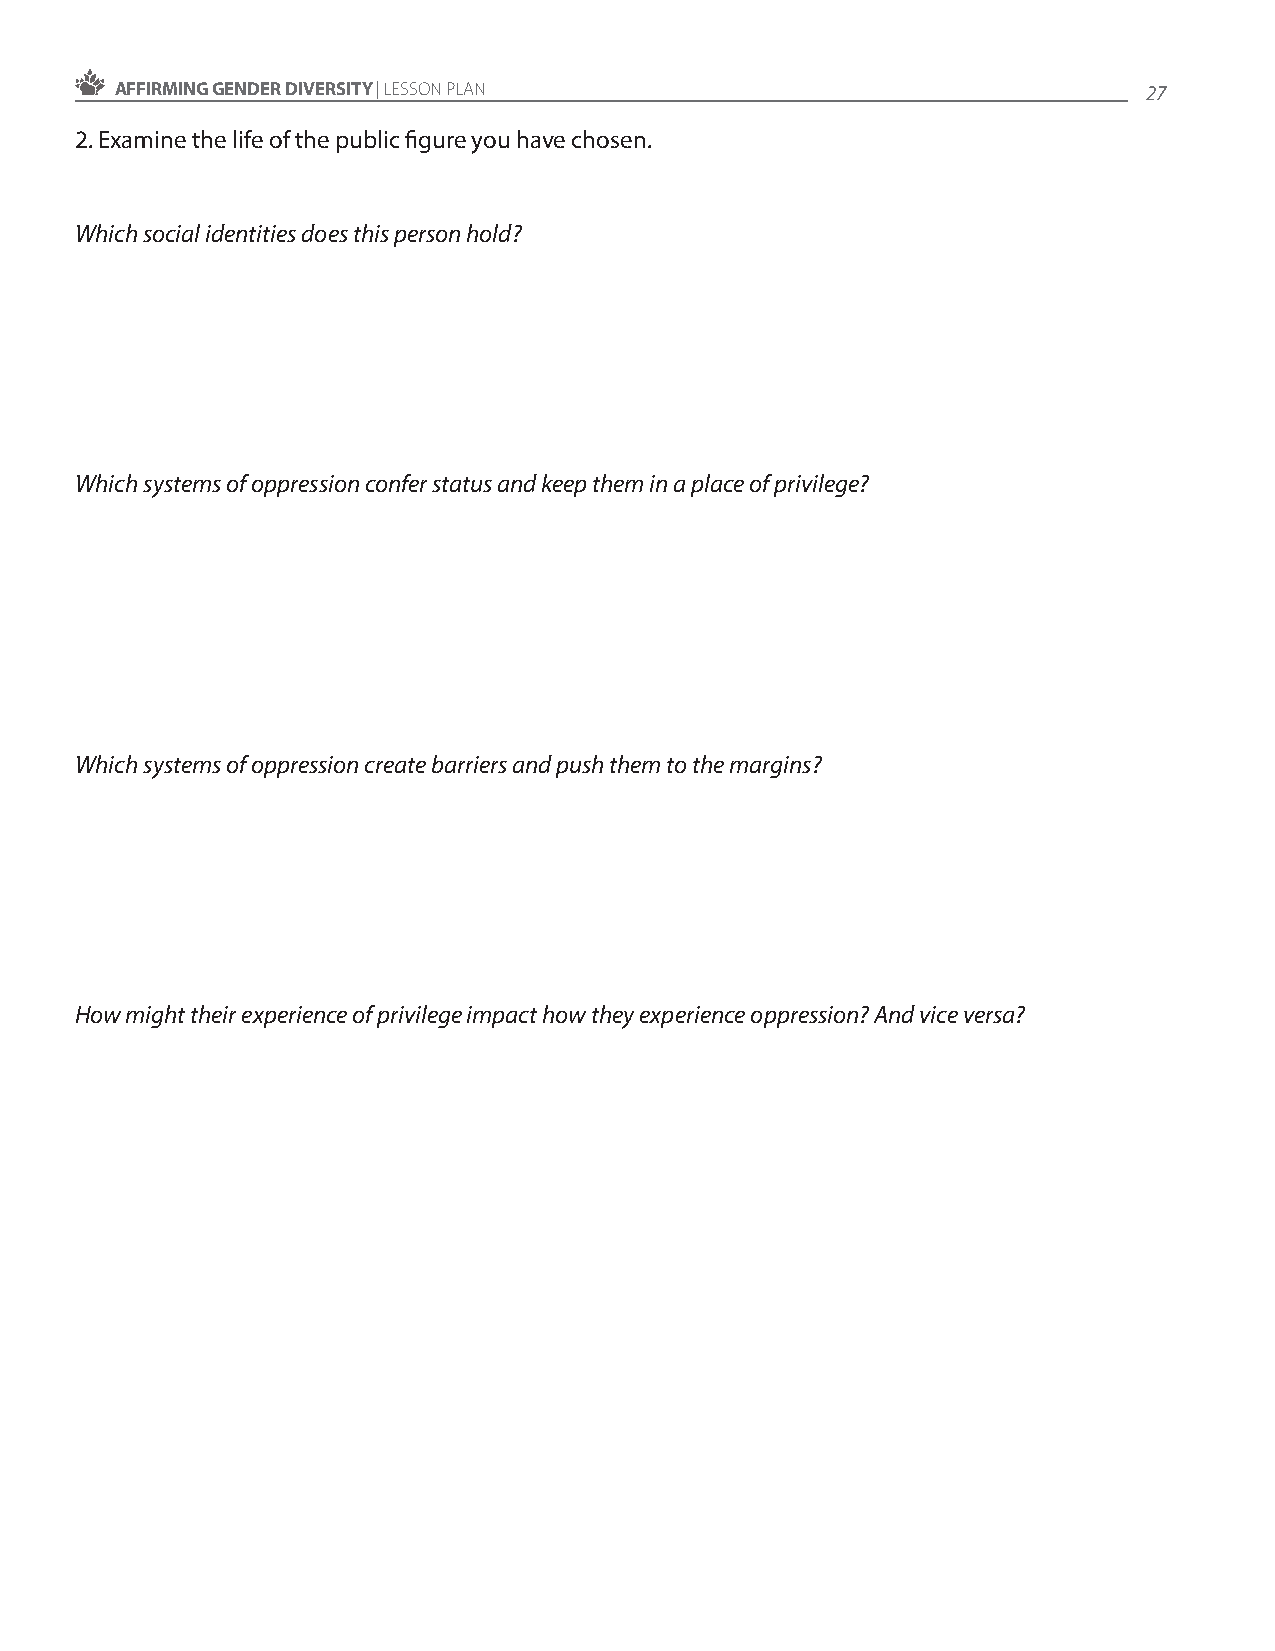
AFFIRMING GENDER DIVERSITY | LESSON PLAN                            27
 2. Examine the life of the public figure you have chosen.
 Which social identities does this person hold?
 Which systems of oppression confer status and keep them in a place of privilege?
 Which systems of oppression create barriers and push them to the margins?
 How might their experience of privilege impact how they experience oppression? And vice versa?